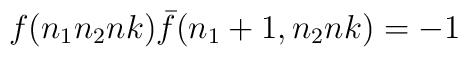
f(n_1n_2nk){\bar f}(n_1+1,n_2nk)=-1